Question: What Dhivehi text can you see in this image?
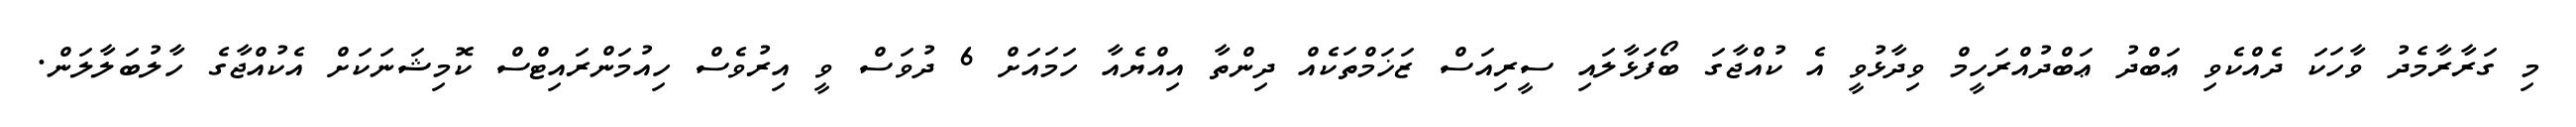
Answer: މި ގަރާރާމެދު ވާހަކަ ދެއްކެވި ޢަބްދު ޢަބްދުއްރަހީމް ވިދާޅުވީ އެ ކުއްޖާގަ ބޯފަޅާލައި ސީރިއަސް ޒަޚަމްތަކެއް ދިންތާ އިއްޔެއާ ހަމައަށް 6 ދުވަސް ވީ އިރުވެސް ހިއުމަންރައިޓްސް ކޮމިޝަނަކަށް އެކުއްޖާގެ ހާލުބަލާލަން.